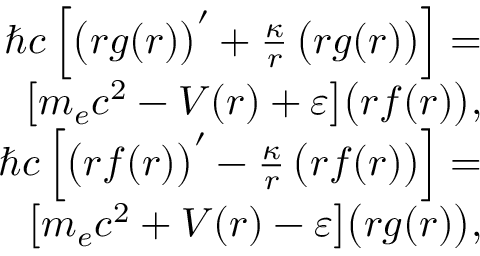
\begin{array} { r } { \hbar c \, \Big [ \big ( r g ( r ) \big ) ^ { \prime } + \frac { \kappa } { r } \, \big ( r g ( r ) \big ) \Big ] = } \\ { \big [ m _ { e } c ^ { 2 } - V ( r ) + \varepsilon \big ] \big ( r f ( r ) \big ) , } \\ { \hbar c \, \Big [ \big ( r f ( r ) \big ) ^ { \prime } - \frac { \kappa } { r } \, \big ( r f ( r ) \big ) \Big ] = } \\ { \big [ m _ { e } c ^ { 2 } + V ( r ) - \varepsilon \big ] \big ( r g ( r ) \big ) , } \end{array}